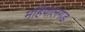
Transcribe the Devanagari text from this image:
महिपालगड